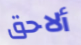
ألاحق